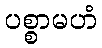
ပစ္စာမဟံ